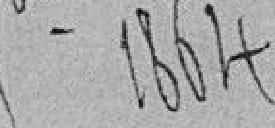
septembre 1864